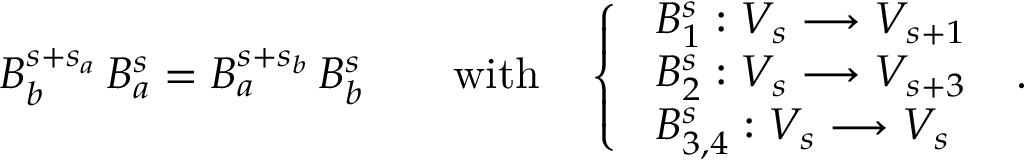
\begin{array} { r } { B _ { b } ^ { s + s _ { a } } \, B _ { a } ^ { s } = B _ { a } ^ { s + s _ { b } } \, B _ { b } ^ { s } \qquad \mathrm { w i t h } \quad \left\{ \begin{array} { l l } { \ B _ { 1 } ^ { s } : V _ { s } \longrightarrow V _ { s + 1 } } \\ { \ B _ { 2 } ^ { s } : V _ { s } \longrightarrow V _ { s + 3 } } \\ { \ B _ { 3 , 4 } ^ { s } : V _ { s } \longrightarrow V _ { s } } \end{array} \right. \ . } \end{array}